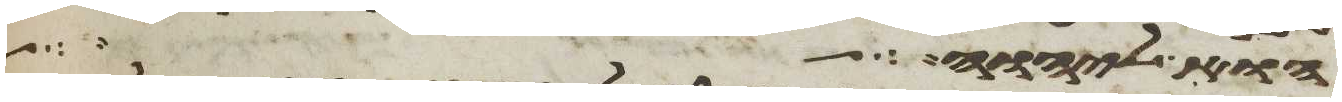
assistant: הוא ליהוה כל